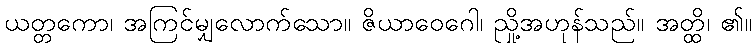
ယတ္တကော၊ အကြင်မျှလောက်သော။ ဇိယာဝေဂေါ၊ ညှို့အဟုန်သည်။ အတ္ထိ၊ ၏။